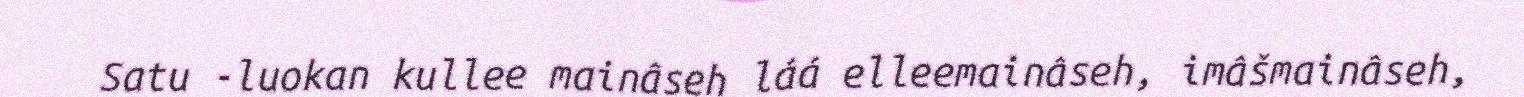
Satu -luokan kullee mainâseh láá elleemainâseh, imâšmainâseh,